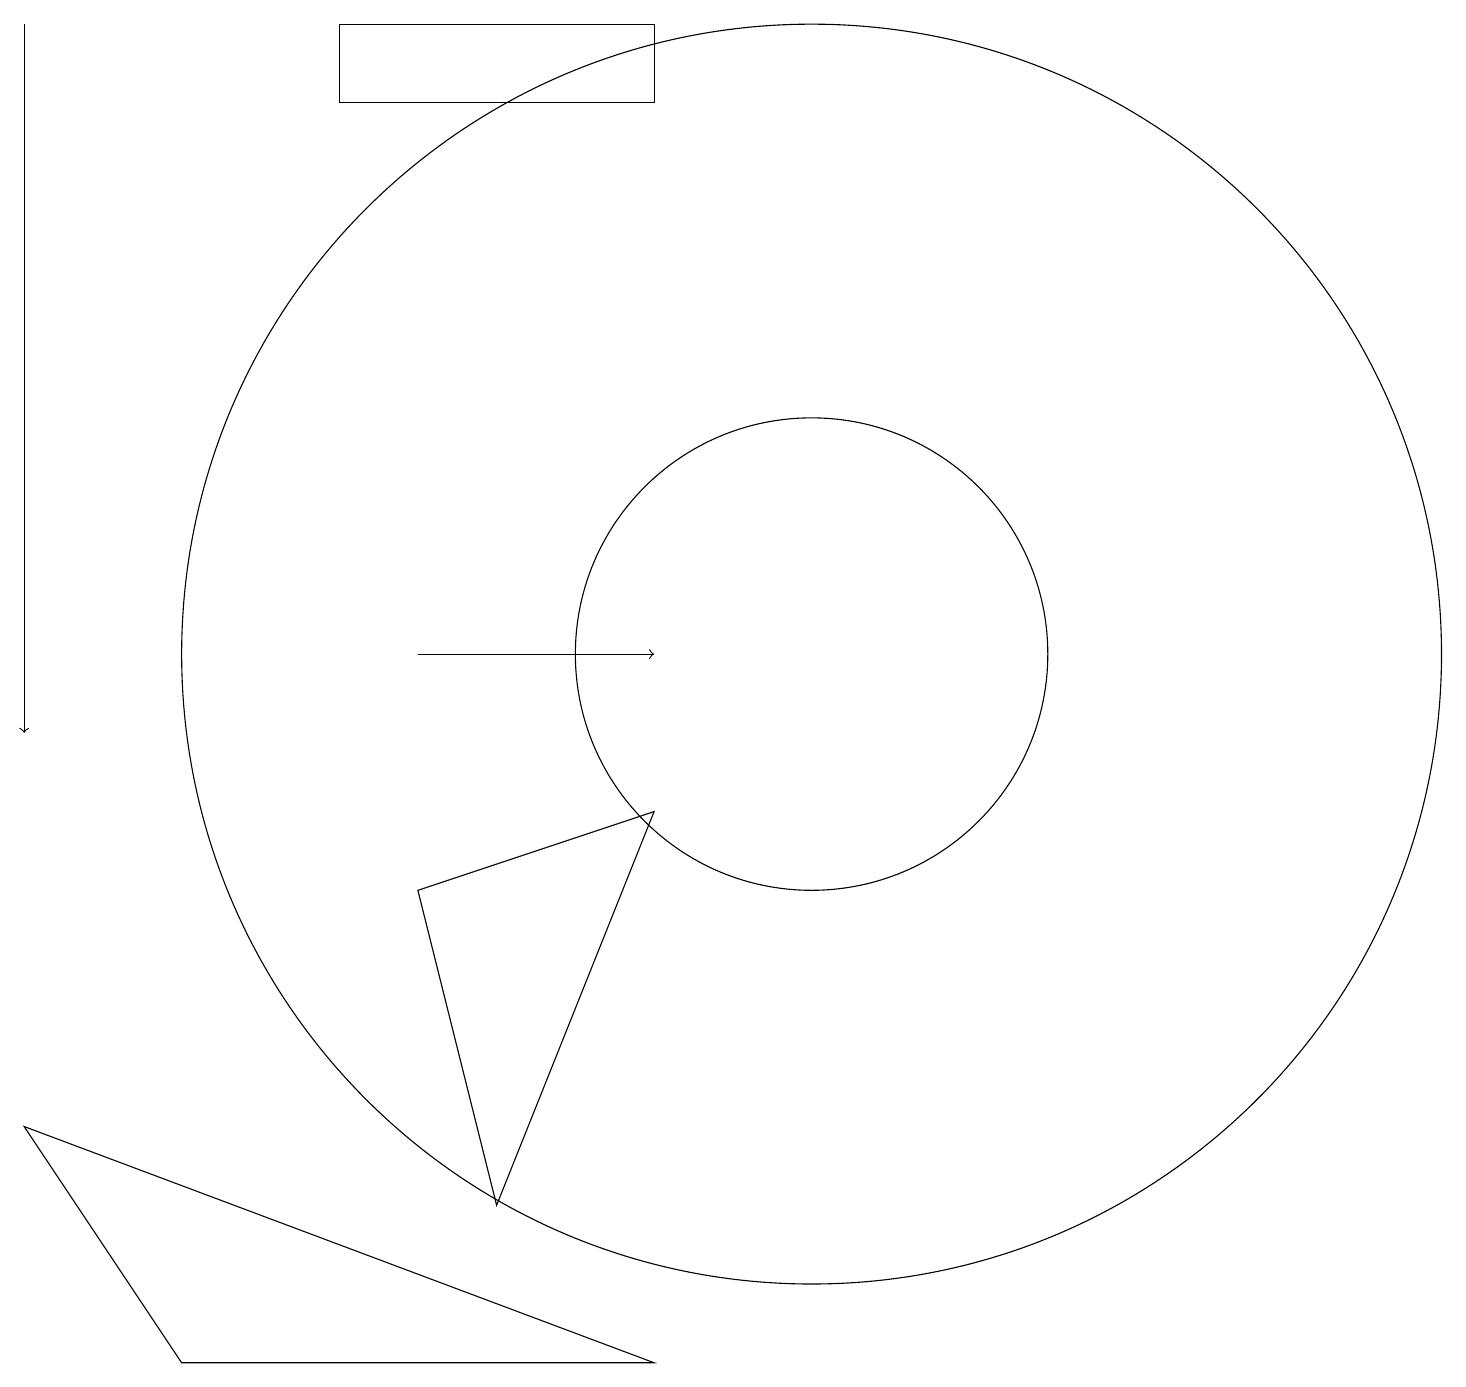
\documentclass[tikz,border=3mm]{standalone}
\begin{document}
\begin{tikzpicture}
\draw (11,11) circle (3);
\draw (7,4) -- (9,9) -- (6,8) -- cycle;
\draw[->] (1,19) -- (1,10);
\draw[->] (6,11) -- (9,11);
\draw (11,11) circle (8);
\draw (3,2) -- (9,2) -- (1,5) -- cycle;
\draw (5,19) rectangle (9,18);
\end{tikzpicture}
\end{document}